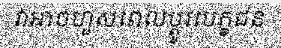
វាអាចហួសពេលប្តូរបេក្ខជន